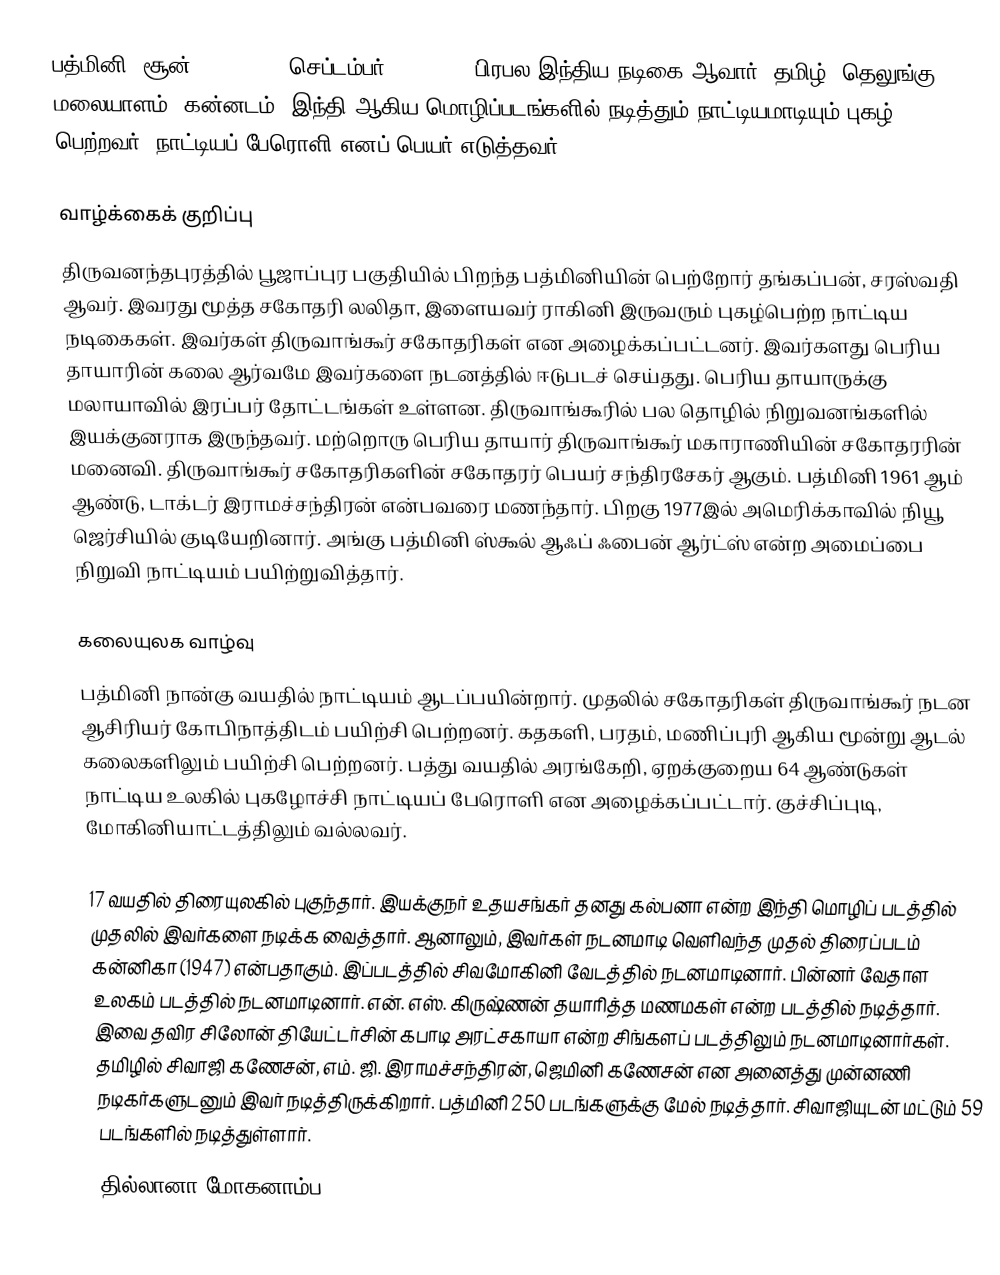
பத்மினி (சூன் 12, 1932 - செப்டம்பர் 24, 2006) பிரபல இந்திய நடிகை ஆவார். தமிழ், தெலுங்கு, மலையாளம், கன்னடம், இந்தி ஆகிய மொழிப்படங்களில் நடித்தும் நாட்டியமாடியும் புகழ் பெற்றவர். நாட்டியப் பேரொளி எனப் பெயர் எடுத்தவர்.

வாழ்க்கைக் குறிப்பு
திருவனந்தபுரத்தில் பூஜாப்புர பகுதியில் பிறந்த பத்மினியின் பெற்றோர் தங்கப்பன், சரஸ்வதி ஆவர். இவரது மூத்த சகோதரி லலிதா, இளையவர் ராகினி இருவரும் புகழ்பெற்ற நாட்டிய நடிகைகள். இவர்கள் திருவாங்கூர் சகோதரிகள் என அழைக்கப்பட்டனர். இவர்களது பெரிய தாயாரின் கலை ஆர்வமே இவர்களை நடனத்தில் ஈடுபடச் செய்தது. பெரிய தாயாருக்கு மலாயாவில் இரப்பர் தோட்டங்கள் உள்ளன. திருவாங்கூரில் பல தொழில் நிறுவனங்களில் இயக்குனராக இருந்தவர். மற்றொரு பெரிய தாயார் திருவாங்கூர் மகாராணியின் சகோதரரின் மனைவி. திருவாங்கூர் சகோதரிகளின் சகோதரர் பெயர் சந்திரசேகர் ஆகும். பத்மினி 1961 ஆம் ஆண்டு, டாக்டர் இராமச்சந்திரன் என்பவரை மணந்தார். பிறகு 1977இல் அமெரிக்காவில் நியூ ஜெர்சியில் குடியேறினார். அங்கு பத்மினி ஸ்கூல் ஆஃப் ஃபைன் ஆர்ட்ஸ் என்ற அமைப்பை நிறுவி நாட்டியம் பயிற்றுவித்தார்.

கலையுலக வாழ்வு
பத்மினி நான்கு வயதில் நாட்டியம் ஆடப்பயின்றார். முதலில் சகோதரிகள் திருவாங்கூர் நடன ஆசிரியர் கோபிநாத்திடம் பயிற்சி பெற்றனர். கதகளி, பரதம், மணிப்புரி ஆகிய மூன்று ஆடல் கலைகளிலும் பயிற்சி பெற்றனர். பத்து வயதில் அரங்கேறி, ஏறக்குறைய 64 ஆண்டுகள் நாட்டிய  உலகில் புகழோச்சி நாட்டியப் பேரொளி என அழைக்கப்பட்டார். குச்சிப்புடி, மோகினியாட்டத்திலும் வல்லவர்.

17 வயதில் திரையுலகில் புகுந்தார். இயக்குநர் உதயசங்கர் தனது கல்பனா என்ற இந்தி மொழிப் படத்தில் முதலில் இவர்களை நடிக்க வைத்தார். ஆனாலும், இவர்கள் நடனமாடி வெளிவந்த முதல் திரைப்படம் கன்னிகா (1947) என்பதாகும். இப்படத்தில் சிவமோகினி வேடத்தில் நடனமாடினார். பின்னர் வேதாள உலகம் படத்தில் நடனமாடினார். என். எஸ். கிருஷ்ணன் தயாரித்த மணமகள் என்ற படத்தில் நடித்தார். இவை தவிர சிலோன் தியேட்டர்சின் கபாடி அரட்சகாயா என்ற சிங்களப் படத்திலும் நடனமாடினார்கள். தமிழில் சிவாஜி கணேசன், எம். ஜி. இராமச்சந்திரன், ஜெமினி கணேசன் என அனைத்து முன்னணி நடிகர்களுடனும் இவர் நடித்திருக்கிறார். பத்மினி 250 படங்களுக்கு மேல் நடித்தார். சிவாஜியுடன் மட்டும் 59 படங்களில் நடித்துள்ளார்.
தில்லானா மோகனாம்ப